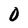
Character: O